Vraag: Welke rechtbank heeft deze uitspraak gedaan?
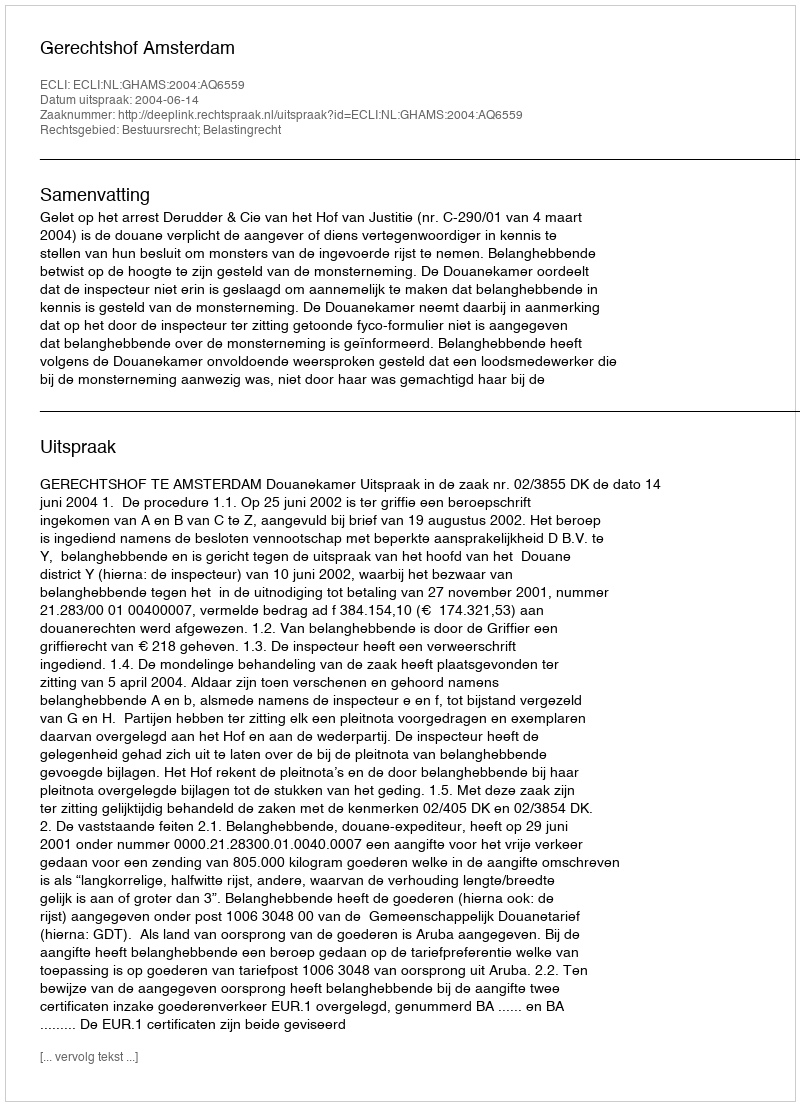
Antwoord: Gerechtshof Amsterdam